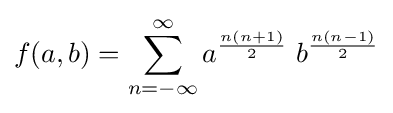
f(a,b)=\sum _{n=-\infty }^{\infty }a^{\frac {n(n+1)}{2}}\;b^{\frac {n(n-1)}{2}}